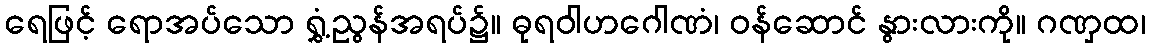
ရေဖြင့် ရောအပ်သော ရွှံ့ညွန်အရပ်၌။ ဓုရဝါဟဂေါဏံ၊ ဝန်ဆောင် နွားလားကို။ ဂဏှထ၊